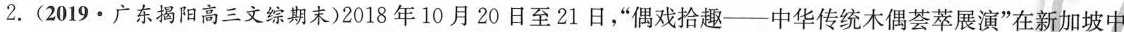
2.(2019·广东揭阳高三文综期末)2018年10月20日至21日，”偶戏拾趣-中华传统木偶荟萃展演”在新加坡中